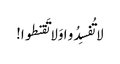
لا تُفسِدُو ا وَلا تَقنطوا!